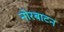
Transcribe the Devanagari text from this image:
नोरबाटन